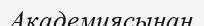
Академиясынан